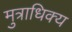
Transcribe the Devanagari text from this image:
मुत्राधिक्य